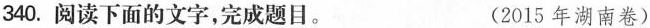
340.阅读下面的文字，完成题目。 (2015年湖南卷)